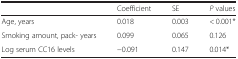
<table><thead><tr><td></td><td><b>Coefficient</b></td><td><b>SE</b></td><td><b><i>P</i> values</b></td></tr></thead><tbody><tr><td>Age, years</td><td>0.018</td><td>0.003</td><td>&lt; 0.001*</td></tr><tr><td>Smoking amount, pack- years</td><td>0.099</td><td>0.065</td><td>0.126</td></tr><tr><td>Log serum CC16 levels</td><td>−0.091</td><td>0.147</td><td>0.014*</td></tr></tbody></table>